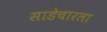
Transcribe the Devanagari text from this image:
साडेचारला